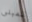
للمبنى